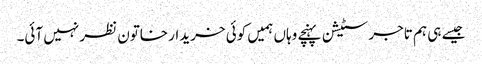
جیسے ہی ہم تاجر سٹیشن پہنچے وہاں ہمیں کوئی خریدار خاتون نظر نہیں آئی۔